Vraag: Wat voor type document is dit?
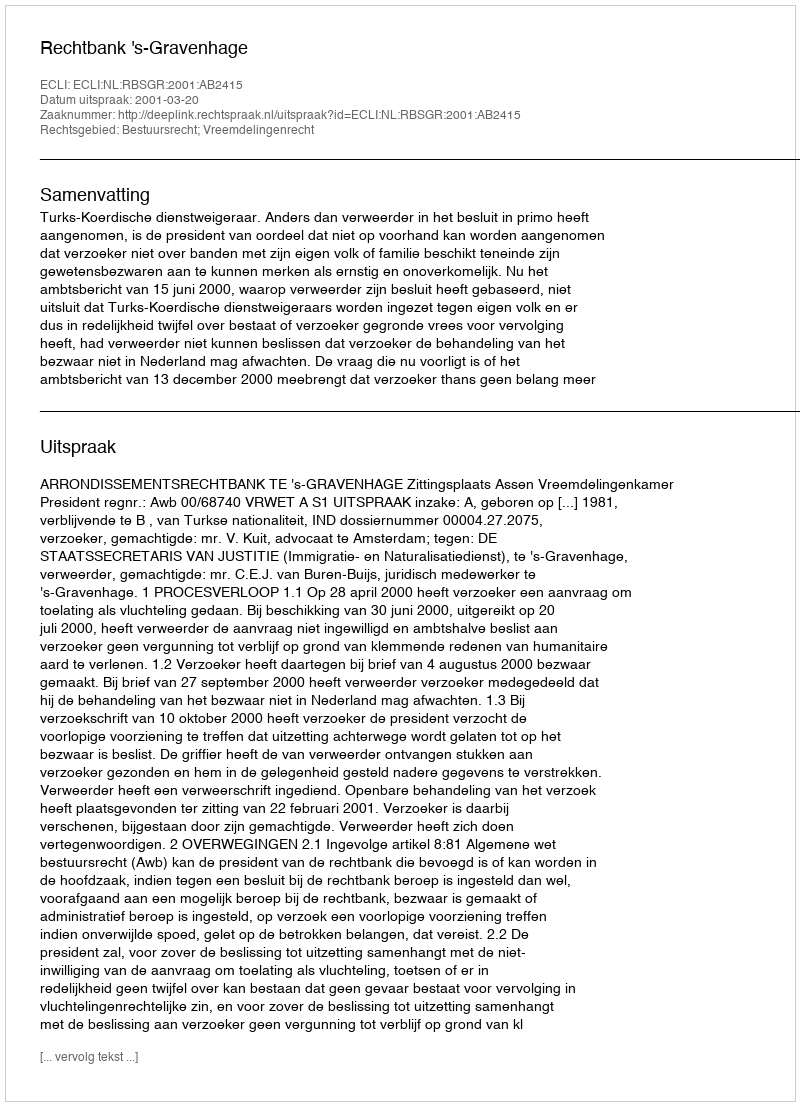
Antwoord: Uitspraak